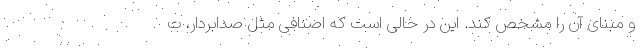
و مبنای آن را مشخص کند. این در حالی است که اصنافی مثل صدابردار، ت